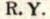
R. Y.